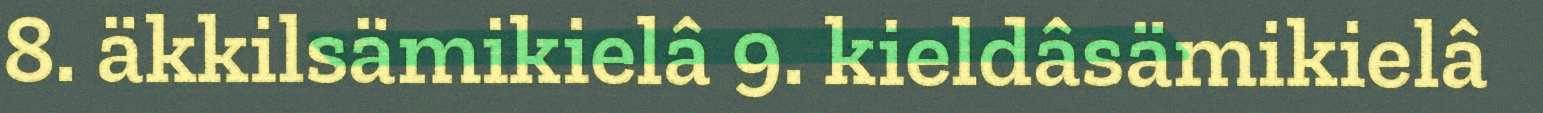
8. äkkilsämikielâ 9. kieldâsämikielâ